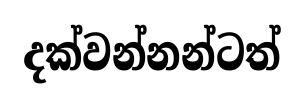
දක්වන්නන්ටත්